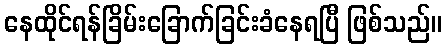
နေထိုင်ရန်ခြိမ်းခြောက်ခြင်းခံနေရပြီ ဖြစ်သည်။